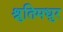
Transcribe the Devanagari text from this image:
श्रुतिमधुर